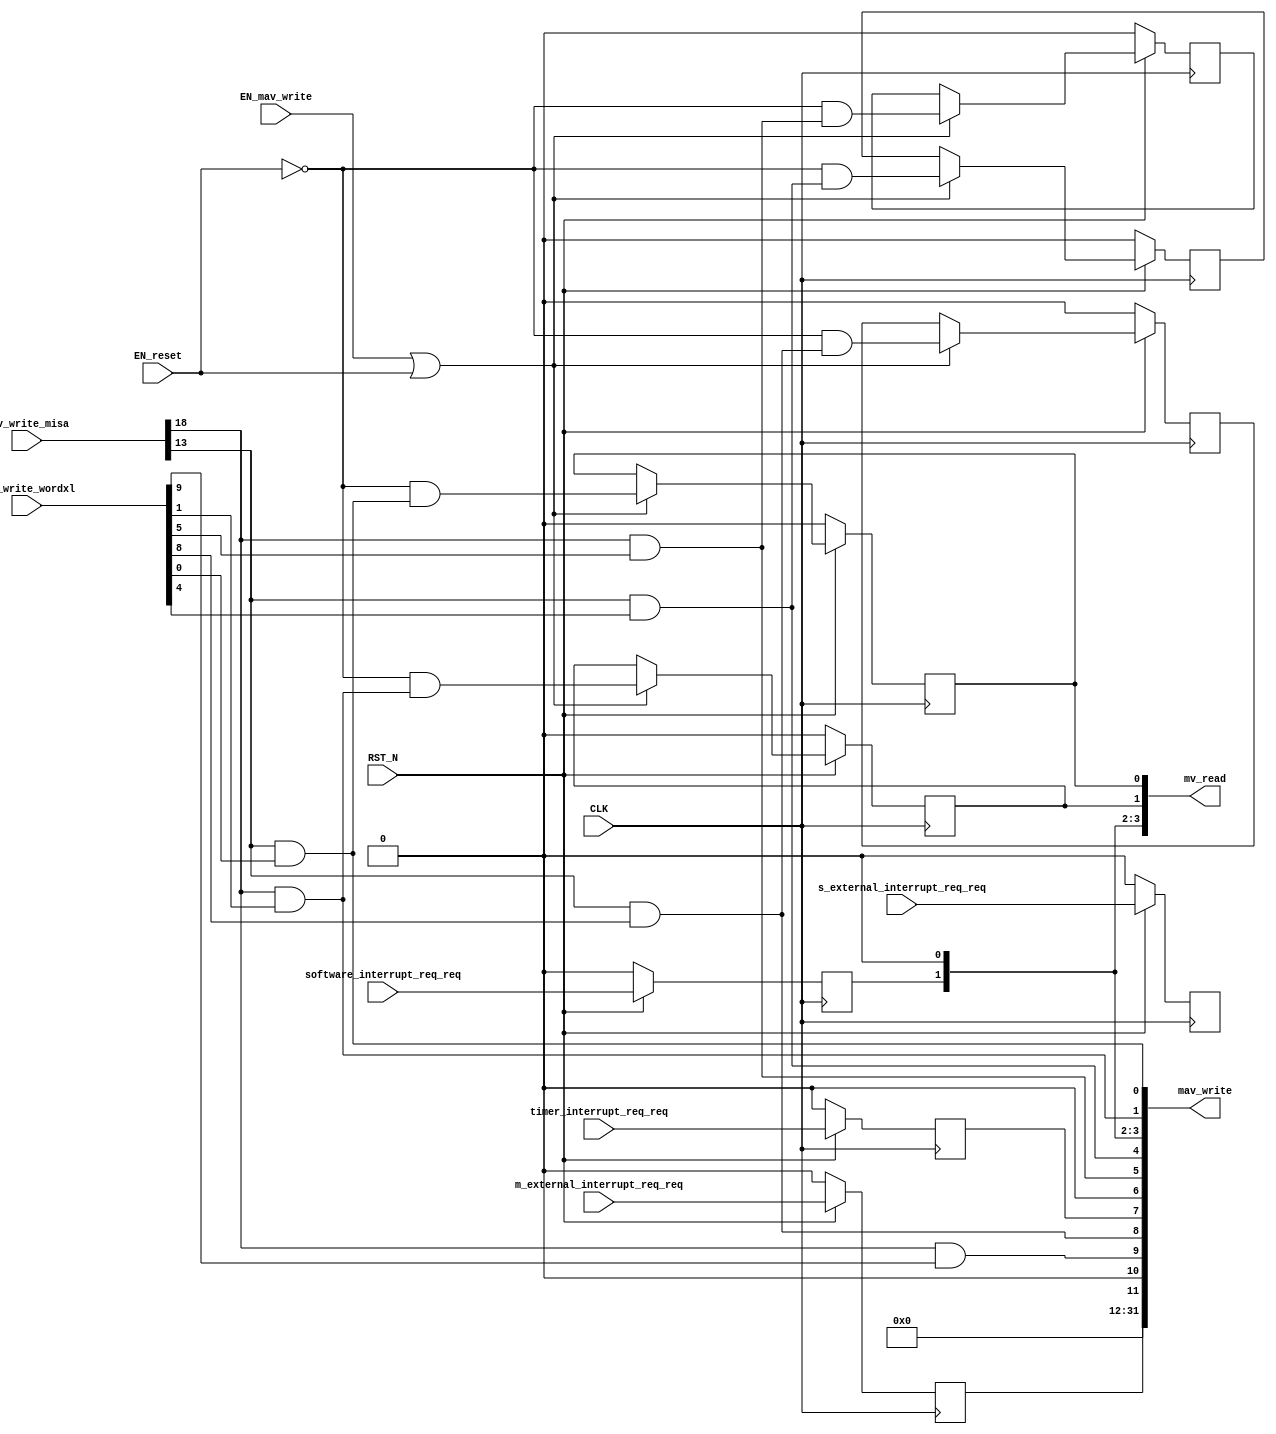
//
// Generated by Bluespec Compiler, version 2021.07-14-g5f987061 (build 5f987061)
//
// On Tue Nov 16 19:45:12 GMT 2021
//
//
// Ports:
// Name                         I/O  size props
// mv_read                        O    32
// mav_write                      O    32
// CLK                            I     1 clock
// RST_N                          I     1 reset
// mav_write_misa                 I    28
// mav_write_wordxl               I    32
// m_external_interrupt_req_req   I     1 reg
// s_external_interrupt_req_req   I     1 reg
// software_interrupt_req_req     I     1 reg
// timer_interrupt_req_req        I     1 reg
// EN_reset                       I     1
// EN_mav_write                   I     1
//
// Combinational paths from inputs to outputs:
//   (mav_write_misa, mav_write_wordxl) -> mav_write
//
//

`ifdef BSV_ASSIGNMENT_DELAY
`else
  `define BSV_ASSIGNMENT_DELAY
`endif

`ifdef BSV_POSITIVE_RESET
  `define BSV_RESET_VALUE 1'b1
  `define BSV_RESET_EDGE posedge
`else
  `define BSV_RESET_VALUE 1'b0
  `define BSV_RESET_EDGE negedge
`endif

module mkCSR_MIP(CLK,
		 RST_N,

		 EN_reset,

		 mv_read,

		 mav_write_misa,
		 mav_write_wordxl,
		 EN_mav_write,
		 mav_write,

		 m_external_interrupt_req_req,

		 s_external_interrupt_req_req,

		 software_interrupt_req_req,

		 timer_interrupt_req_req);
  input  CLK;
  input  RST_N;

  // action method reset
  input  EN_reset;

  // value method mv_read
  output [31 : 0] mv_read;

  // actionvalue method mav_write
  input  [27 : 0] mav_write_misa;
  input  [31 : 0] mav_write_wordxl;
  input  EN_mav_write;
  output [31 : 0] mav_write;

  // action method m_external_interrupt_req
  input  m_external_interrupt_req_req;

  // action method s_external_interrupt_req
  input  s_external_interrupt_req_req;

  // action method software_interrupt_req
  input  software_interrupt_req_req;

  // action method timer_interrupt_req
  input  timer_interrupt_req_req;

  // signals for module outputs
  wire [31 : 0] mav_write, mv_read;

  // register rg_meip
  reg rg_meip;
  wire rg_meip$D_IN, rg_meip$EN;

  // register rg_msip
  reg rg_msip;
  wire rg_msip$D_IN, rg_msip$EN;

  // register rg_mtip
  reg rg_mtip;
  wire rg_mtip$D_IN, rg_mtip$EN;

  // register rg_seip
  reg rg_seip;
  wire rg_seip$D_IN, rg_seip$EN;

  // register rg_ssip
  reg rg_ssip;
  wire rg_ssip$D_IN, rg_ssip$EN;

  // register rg_stip
  reg rg_stip;
  wire rg_stip$D_IN, rg_stip$EN;

  // register rg_ueip
  reg rg_ueip;
  wire rg_ueip$D_IN, rg_ueip$EN;

  // register rg_usip
  reg rg_usip;
  wire rg_usip$D_IN, rg_usip$EN;

  // register rg_utip
  reg rg_utip;
  wire rg_utip$D_IN, rg_utip$EN;

  // rule scheduling signals
  wire CAN_FIRE_m_external_interrupt_req,
       CAN_FIRE_mav_write,
       CAN_FIRE_reset,
       CAN_FIRE_s_external_interrupt_req,
       CAN_FIRE_software_interrupt_req,
       CAN_FIRE_timer_interrupt_req,
       WILL_FIRE_m_external_interrupt_req,
       WILL_FIRE_mav_write,
       WILL_FIRE_reset,
       WILL_FIRE_s_external_interrupt_req,
       WILL_FIRE_software_interrupt_req,
       WILL_FIRE_timer_interrupt_req;

  // remaining internal signals
  wire [11 : 0] new_mip__h1066, new_mip__h594;
  wire seip__h628, ssip__h632, stip__h630, ueip__h629, usip__h633, utip__h631;

  // action method reset
  assign CAN_FIRE_reset = 1'd1 ;
  assign WILL_FIRE_reset = EN_reset ;

  // value method mv_read
  assign mv_read = { 20'd0, new_mip__h594 } ;

  // actionvalue method mav_write
  assign mav_write = { 20'd0, new_mip__h1066 } ;
  assign CAN_FIRE_mav_write = 1'd1 ;
  assign WILL_FIRE_mav_write = EN_mav_write ;

  // action method m_external_interrupt_req
  assign CAN_FIRE_m_external_interrupt_req = 1'd1 ;
  assign WILL_FIRE_m_external_interrupt_req = 1'd1 ;

  // action method s_external_interrupt_req
  assign CAN_FIRE_s_external_interrupt_req = 1'd1 ;
  assign WILL_FIRE_s_external_interrupt_req = 1'd1 ;

  // action method software_interrupt_req
  assign CAN_FIRE_software_interrupt_req = 1'd1 ;
  assign WILL_FIRE_software_interrupt_req = 1'd1 ;

  // action method timer_interrupt_req
  assign CAN_FIRE_timer_interrupt_req = 1'd1 ;
  assign WILL_FIRE_timer_interrupt_req = 1'd1 ;

  // register rg_meip
  assign rg_meip$D_IN = m_external_interrupt_req_req ;
  assign rg_meip$EN = 1'b1 ;

  // register rg_msip
  assign rg_msip$D_IN = software_interrupt_req_req ;
  assign rg_msip$EN = 1'b1 ;

  // register rg_mtip
  assign rg_mtip$D_IN = timer_interrupt_req_req ;
  assign rg_mtip$EN = 1'b1 ;

  // register rg_seip
  assign rg_seip$D_IN = s_external_interrupt_req_req ;
  assign rg_seip$EN = 1'b1 ;

  // register rg_ssip
  assign rg_ssip$D_IN = !EN_reset && ssip__h632 ;
  assign rg_ssip$EN = EN_mav_write || EN_reset ;

  // register rg_stip
  assign rg_stip$D_IN = !EN_reset && stip__h630 ;
  assign rg_stip$EN = EN_mav_write || EN_reset ;

  // register rg_ueip
  assign rg_ueip$D_IN = !EN_reset && ueip__h629 ;
  assign rg_ueip$EN = EN_mav_write || EN_reset ;

  // register rg_usip
  assign rg_usip$D_IN = !EN_reset && usip__h633 ;
  assign rg_usip$EN = EN_mav_write || EN_reset ;

  // register rg_utip
  assign rg_utip$D_IN = !EN_reset && utip__h631 ;
  assign rg_utip$EN = EN_mav_write || EN_reset ;

  // remaining internal signals
  assign new_mip__h1066 =
	     { rg_meip,
	       1'b0,
	       seip__h628,
	       ueip__h629,
	       rg_mtip,
	       1'b0,
	       stip__h630,
	       utip__h631,
	       rg_msip,
	       1'b0,
	       ssip__h632,
	       usip__h633 } ;
  assign new_mip__h594 =
	     { rg_meip,
	       1'b0,
	       rg_seip,
	       rg_ueip,
	       rg_mtip,
	       1'b0,
	       rg_stip,
	       rg_utip,
	       rg_msip,
	       1'b0,
	       rg_ssip,
	       rg_usip } ;
  assign seip__h628 = mav_write_misa[18] && mav_write_wordxl[9] ;
  assign ssip__h632 = mav_write_misa[18] && mav_write_wordxl[1] ;
  assign stip__h630 = mav_write_misa[18] && mav_write_wordxl[5] ;
  assign ueip__h629 = mav_write_misa[13] && mav_write_wordxl[8] ;
  assign usip__h633 = mav_write_misa[13] && mav_write_wordxl[0] ;
  assign utip__h631 = mav_write_misa[13] && mav_write_wordxl[4] ;

  // handling of inlined registers

  always@(posedge CLK)
  begin
    if (RST_N == `BSV_RESET_VALUE)
      begin
        rg_meip <= `BSV_ASSIGNMENT_DELAY 1'd0;
	rg_msip <= `BSV_ASSIGNMENT_DELAY 1'd0;
	rg_mtip <= `BSV_ASSIGNMENT_DELAY 1'd0;
	rg_seip <= `BSV_ASSIGNMENT_DELAY 1'd0;
	rg_ssip <= `BSV_ASSIGNMENT_DELAY 1'd0;
	rg_stip <= `BSV_ASSIGNMENT_DELAY 1'd0;
	rg_ueip <= `BSV_ASSIGNMENT_DELAY 1'd0;
	rg_usip <= `BSV_ASSIGNMENT_DELAY 1'd0;
	rg_utip <= `BSV_ASSIGNMENT_DELAY 1'd0;
      end
    else
      begin
        if (rg_meip$EN) rg_meip <= `BSV_ASSIGNMENT_DELAY rg_meip$D_IN;
	if (rg_msip$EN) rg_msip <= `BSV_ASSIGNMENT_DELAY rg_msip$D_IN;
	if (rg_mtip$EN) rg_mtip <= `BSV_ASSIGNMENT_DELAY rg_mtip$D_IN;
	if (rg_seip$EN) rg_seip <= `BSV_ASSIGNMENT_DELAY rg_seip$D_IN;
	if (rg_ssip$EN) rg_ssip <= `BSV_ASSIGNMENT_DELAY rg_ssip$D_IN;
	if (rg_stip$EN) rg_stip <= `BSV_ASSIGNMENT_DELAY rg_stip$D_IN;
	if (rg_ueip$EN) rg_ueip <= `BSV_ASSIGNMENT_DELAY rg_ueip$D_IN;
	if (rg_usip$EN) rg_usip <= `BSV_ASSIGNMENT_DELAY rg_usip$D_IN;
	if (rg_utip$EN) rg_utip <= `BSV_ASSIGNMENT_DELAY rg_utip$D_IN;
      end
  end

  // synopsys translate_off
  `ifdef BSV_NO_INITIAL_BLOCKS
  `else // not BSV_NO_INITIAL_BLOCKS
  initial
  begin
    rg_meip = 1'h0;
    rg_msip = 1'h0;
    rg_mtip = 1'h0;
    rg_seip = 1'h0;
    rg_ssip = 1'h0;
    rg_stip = 1'h0;
    rg_ueip = 1'h0;
    rg_usip = 1'h0;
    rg_utip = 1'h0;
  end
  `endif // BSV_NO_INITIAL_BLOCKS
  // synopsys translate_on
endmodule  // mkCSR_MIP